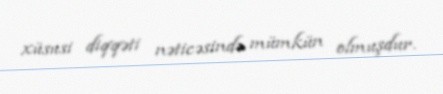
xüsusi diqqəti nəticəsində mümkün olmuşdur.